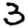
Digit: 3